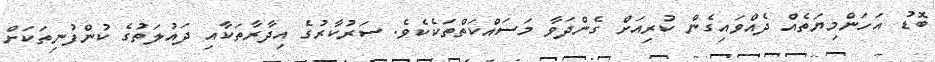
ބޮޑު އަހަންމިޔަތެއް ދެއްވައިގެން ކުރިއަށް ގެންދަވާ މަސައްކަތްތަކެކެވެ. ސަރުކާރުގެ އިދާރާތަކާއި ދައުލަތުގެ ކުންފުނިތަކަށް